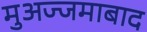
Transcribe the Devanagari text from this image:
मुअज्जमाबाद